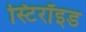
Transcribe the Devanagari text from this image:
स्टिरॉइड